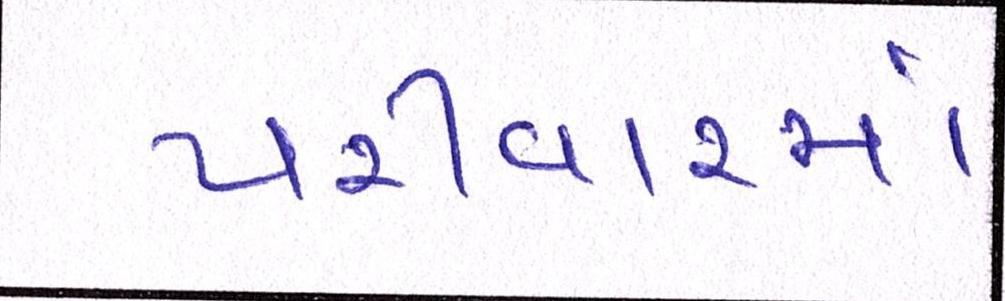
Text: પરીવારમાં